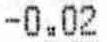
-0.02